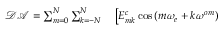
\begin{array} { r l } { \mathcal { D A } = \sum _ { m = 0 } ^ { N } \sum _ { k = - N } ^ { N } } & { { } \left[ E _ { m k } ^ { c } \cos \left( m \omega _ { e } + k \omega ^ { o m } \right) \right. } \end{array}